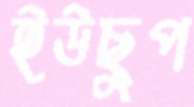
ইউছুপ